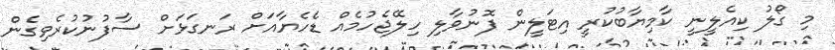
މި ގޯލު ކިއެލީނީ ކާމިޔާބުކުރީ އިޓަލީން ފޮނުވާލި ހިލޭޖެހުމެއް ޑެހެޔާއަށް ރަނގަޅަށް ސާފުނުކުރެވިގެން